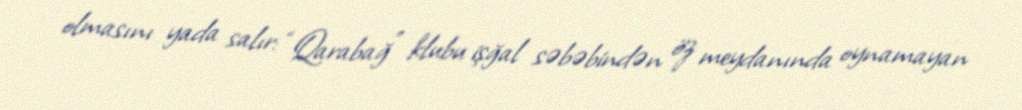
olmasını yada salır: “Qarabağ” klubu işğal səbəbindən öz meydanında oynamayan